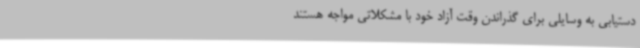
دستیابی به وسایلی برای گذراندن وقت آزاد خود با مشکلاتی مواجه هستند